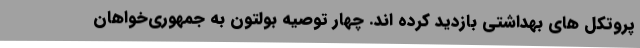
پروتکل های بهداشتی بازدید کرده اند. چهار توصیه بولتون به جمهوری‌خواهان